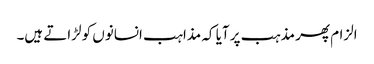
الزام پھر مذہب پر آیا کہ مذاہب انسانوں کو لڑاتے ہیں۔